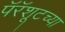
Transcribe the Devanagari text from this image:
पॅरॅशूटच्या